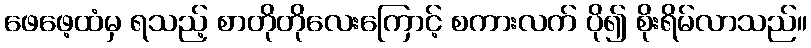
ဖေဖေ့ထံမှ ရသည့် စာတိုတိုလေးကြောင့် စကားလက် ပို၍ စိုးရိမ်လာသည်။